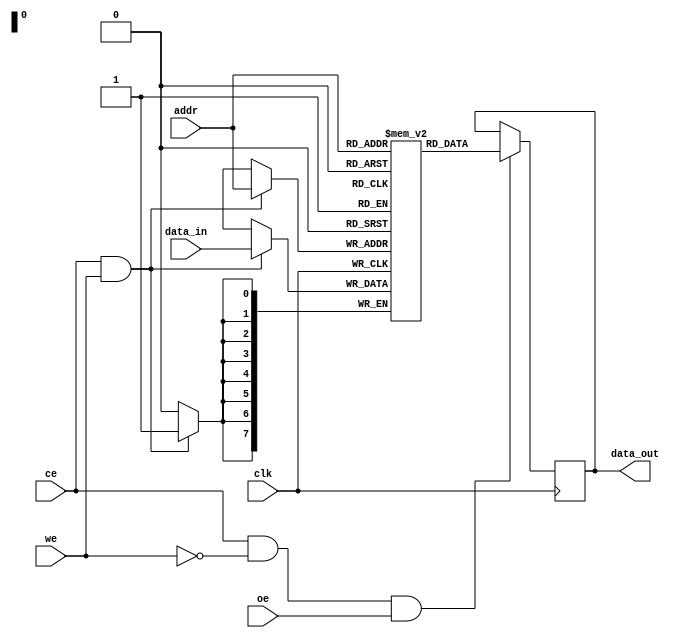
module sram_256x8 (
    input wire clk,          // Clock signal
    input wire ce,          // Chip Enable
    input wire we,          // Write Enable
    input wire oe,          // Output Enable
    input wire [7:0] data_in, // Data input
    input wire [7:0] addr,     // Address input
    output reg [7:0] data_out   // Data output
);

// Memory array: 256 words of 8 bits each
reg [7:0] memory [0:255];

// Write operation
always @(posedge clk) begin
    if (ce && we) begin
        memory[addr] <= data_in; // Write data to memory
    end
end

// Read operation
always @(posedge clk) begin
    if (ce && !we && oe) begin
        data_out <= memory[addr]; // Read data from memory
    end
end

endmodule